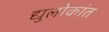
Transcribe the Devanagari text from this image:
द्युलोकांत